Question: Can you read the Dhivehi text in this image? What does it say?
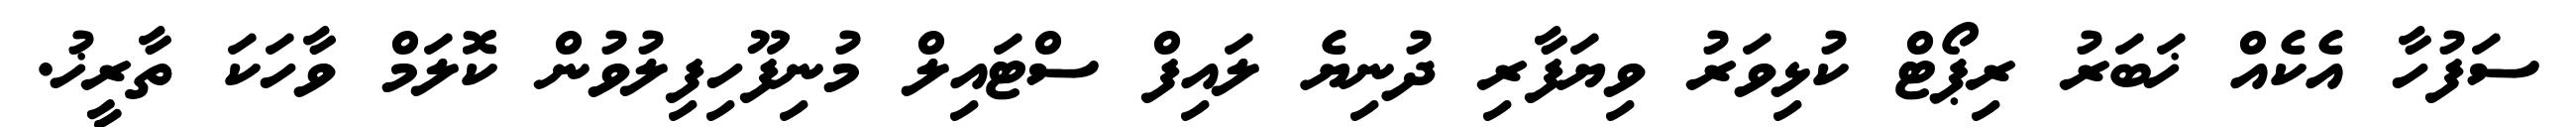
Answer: ސަފުހާ އެކެއް ޚަބަރު ރިޕޯޓް ކުޅިވަރު ވިޔަފާރި ދުނިޔެ ލައިފް ސްޓައިލް މުނިފޫހިފިލުވުން ކޮލަމް ވާހަކަ ތާރީޚު.